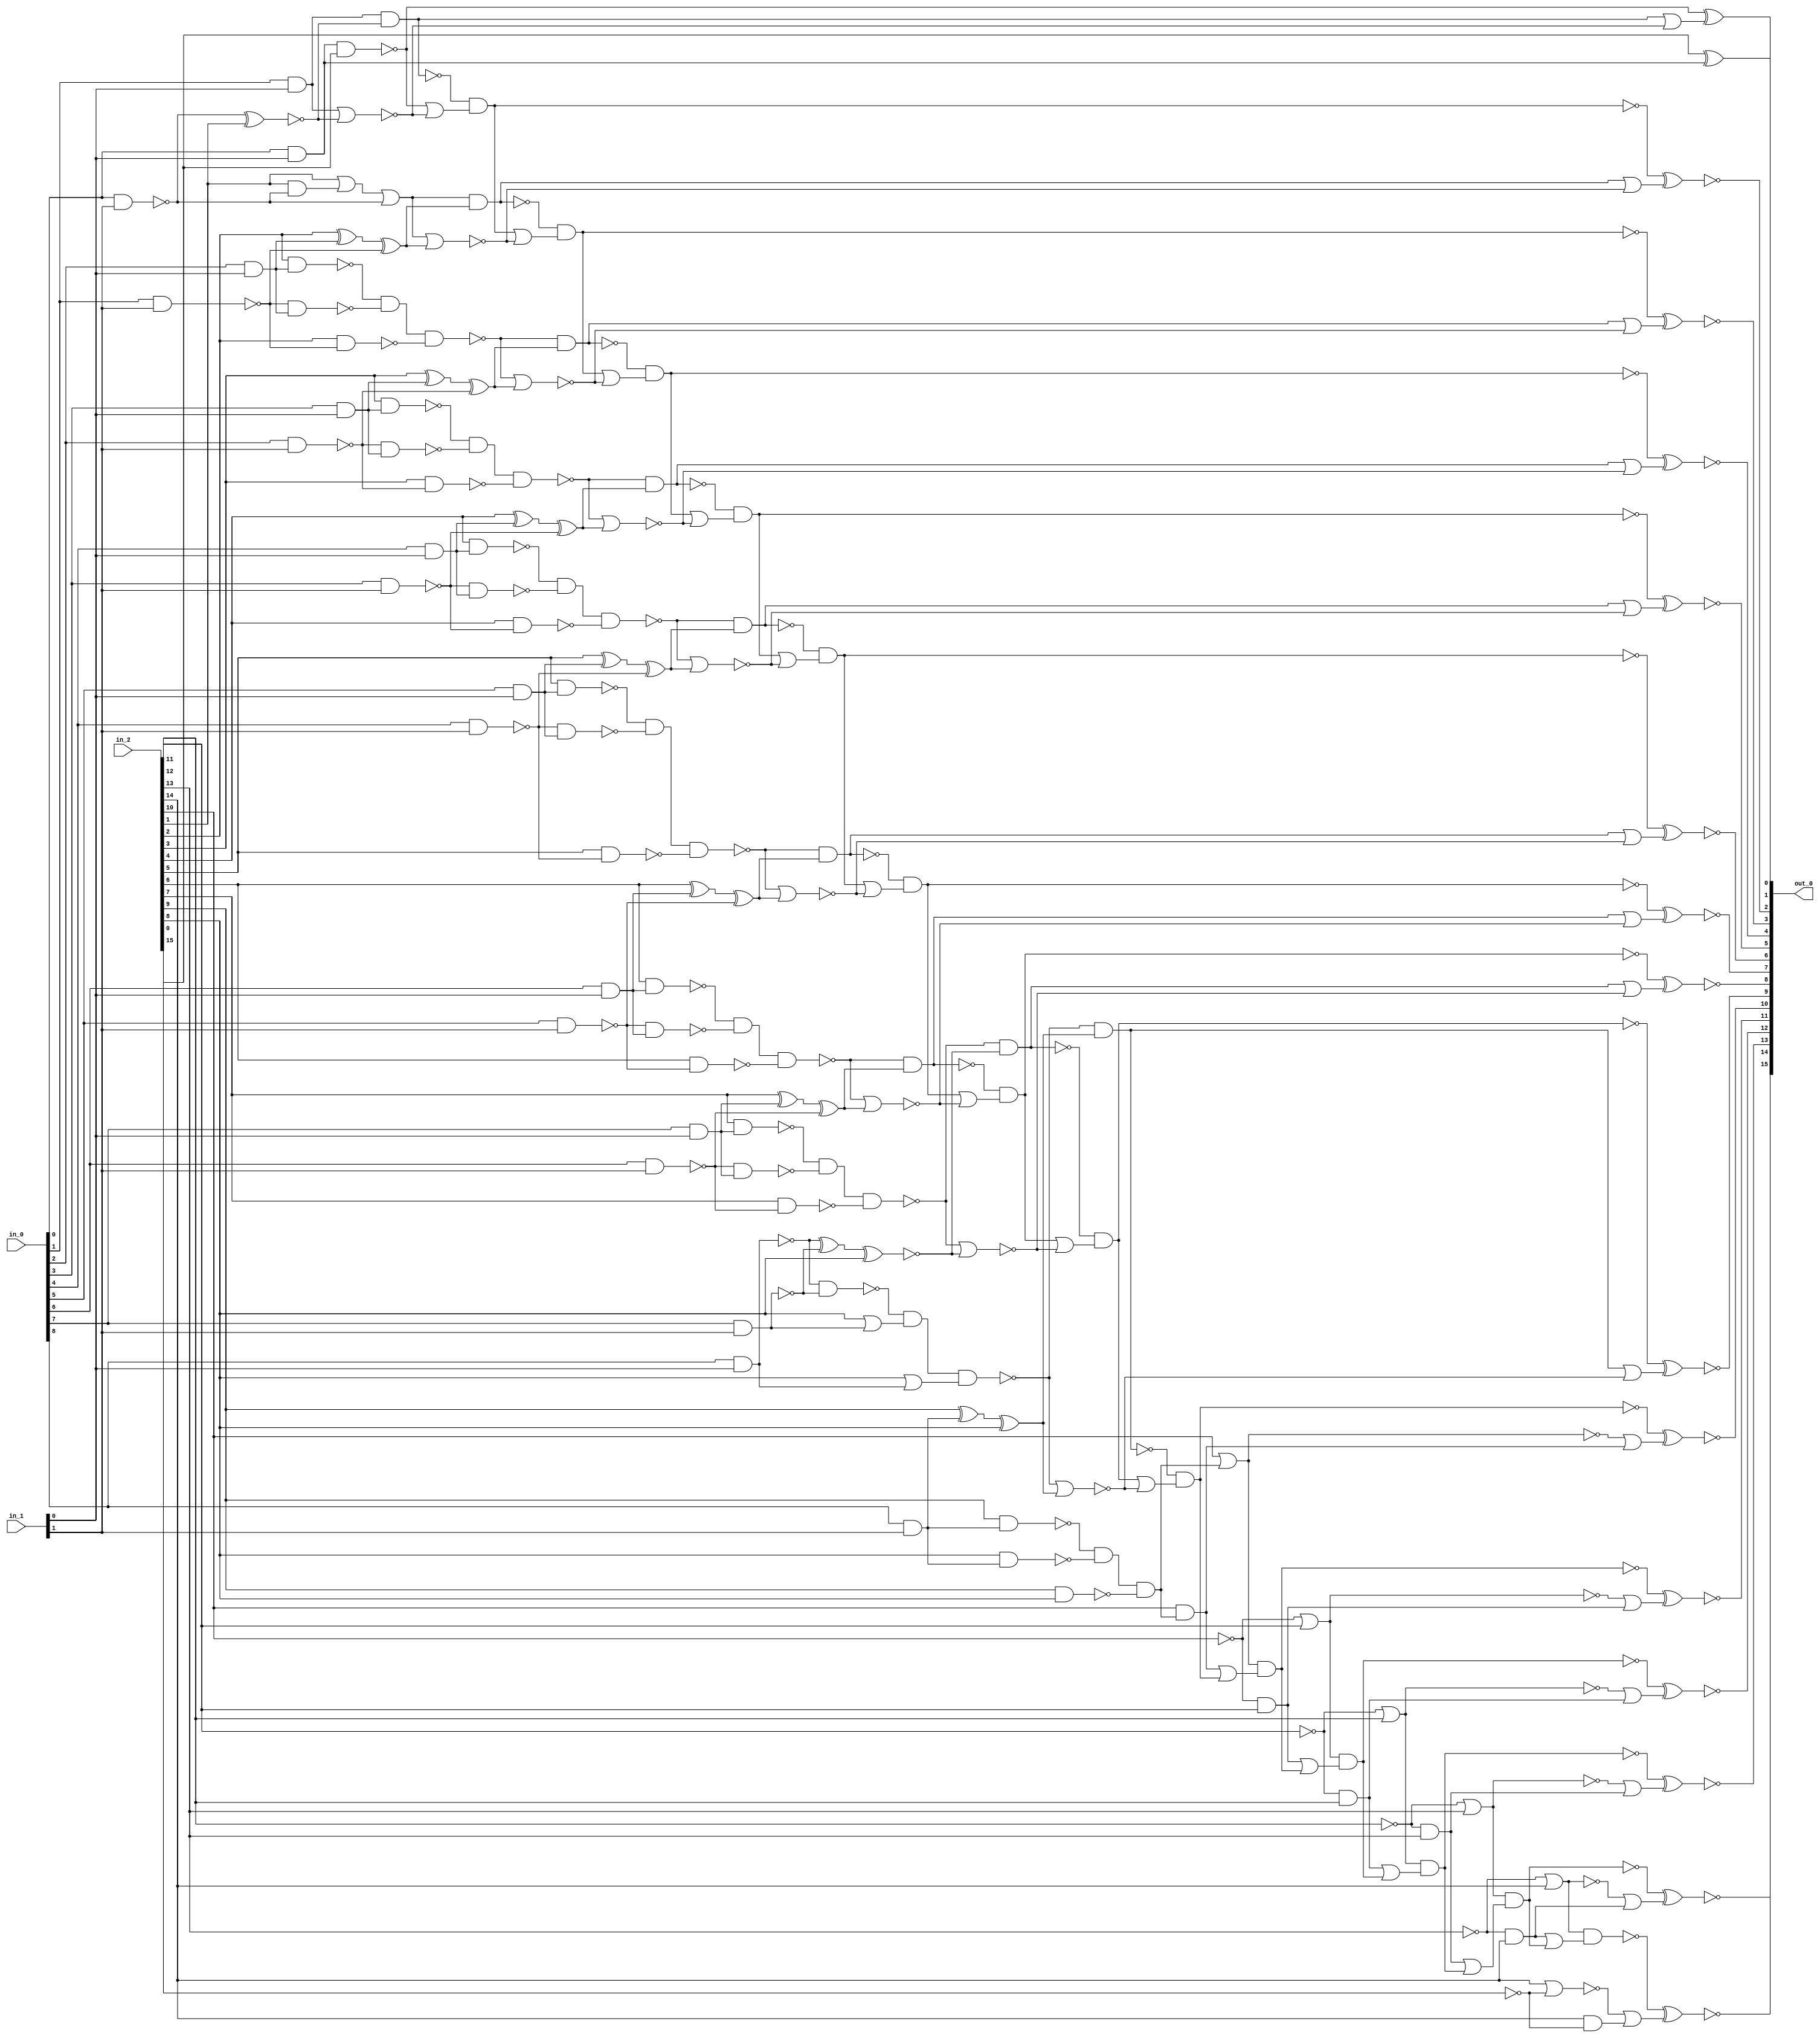
module csa_tree_add_100_25_group_194_GENERIC_REAL(in_0, in_1, in_2,
     out_0);
// synthesis_equation "assign out_0 = ( $signed(in_2) + ( $signed(in_0) * $signed(in_1) )  )  ;"
  input [8:0] in_0;
  input [1:0] in_1;
  input [15:0] in_2;
  output [15:0] out_0;
  wire [8:0] in_0;
  wire [1:0] in_1;
  wire [15:0] in_2;
  wire [15:0] out_0;
  wire n_50, n_51, n_52, n_53, n_54, n_55, n_56, n_57;
  wire n_58, n_59, n_65, n_66, n_67, n_68, n_69, n_70;
  wire n_71, n_72, n_73, n_74, n_76, n_78, n_79, n_80;
  wire n_81, n_82, n_83, n_84, n_85, n_86, n_87, n_88;
  wire n_89, n_90, n_92, n_93, n_95, n_105, n_106, n_107;
  wire n_108, n_109, n_110, n_111, n_112, n_113, n_114, n_115;
  wire n_116, n_117, n_118, n_119, n_120, n_121, n_122, n_123;
  wire n_124, n_125, n_126, n_127, n_128, n_129, n_130, n_131;
  wire n_132, n_133, n_134, n_135, n_136, n_137, n_141, n_143;
  wire n_146, n_147, n_148, n_149, n_151, n_152, n_153, n_154;
  wire n_156, n_157, n_158, n_159, n_161, n_162, n_163, n_165;
  wire n_166, n_167, n_168, n_170, n_171, n_172, n_173, n_175;
  wire n_176, n_177, n_178, n_180, n_181, n_182, n_183, n_185;
  wire n_186, n_187, n_188, n_190, n_191, n_192, n_193, n_195;
  wire n_196, n_197, n_198, n_200, n_201, n_202, n_203, n_205;
  wire n_206, n_207, n_208, n_210, n_211, n_212, n_213, n_215;
  wire n_216, n_217, n_218, n_219, n_220, n_221, n_222, n_223;
  wire n_224, n_225, n_226, n_227, n_228, n_229, n_230;
  and g2 (n_59, in_0[0], in_1[0]);
  and g3 (n_58, in_0[1], in_1[0]);
  and g4 (n_79, in_0[2], in_1[0]);
  and g5 (n_81, in_0[3], in_1[0]);
  and g6 (n_83, in_0[4], in_1[0]);
  and g7 (n_85, in_0[5], in_1[0]);
  and g8 (n_87, in_0[6], in_1[0]);
  and g9 (n_89, in_0[7], in_1[0]);
  nand g10 (n_92, in_0[8], in_1[0]);
  nand g11 (n_78, in_0[0], in_1[1]);
  nand g12 (n_80, in_0[1], in_1[1]);
  nand g13 (n_82, in_0[2], in_1[1]);
  nand g14 (n_84, in_0[3], in_1[1]);
  nand g15 (n_86, in_0[4], in_1[1]);
  nand g16 (n_88, in_0[5], in_1[1]);
  nand g17 (n_90, in_0[6], in_1[1]);
  nand g18 (n_93, in_0[7], in_1[1]);
  and g19 (n_95, in_0[8], in_1[1]);
  nand g39 (n_105, in_2[1], n_78);
  xor g41 (n_106, in_2[2], n_79);
  xor g42 (n_73, n_106, n_80);
  nand g43 (n_107, in_2[2], n_79);
  nand g44 (n_108, n_80, n_79);
  nand g45 (n_109, in_2[2], n_80);
  nand g46 (n_56, n_107, n_108, n_109);
  xor g47 (n_110, in_2[3], n_81);
  xor g48 (n_72, n_110, n_82);
  nand g49 (n_111, in_2[3], n_81);
  nand g50 (n_112, n_82, n_81);
  nand g51 (n_113, in_2[3], n_82);
  nand g52 (n_55, n_111, n_112, n_113);
  xor g53 (n_114, in_2[4], n_83);
  xor g54 (n_71, n_114, n_84);
  nand g55 (n_115, in_2[4], n_83);
  nand g56 (n_116, n_84, n_83);
  nand g57 (n_117, in_2[4], n_84);
  nand g58 (n_54, n_115, n_116, n_117);
  xor g59 (n_118, in_2[5], n_85);
  xor g60 (n_70, n_118, n_86);
  nand g61 (n_119, in_2[5], n_85);
  nand g62 (n_120, n_86, n_85);
  nand g63 (n_121, in_2[5], n_86);
  nand g64 (n_53, n_119, n_120, n_121);
  xor g65 (n_122, in_2[6], n_87);
  xor g66 (n_69, n_122, n_88);
  nand g67 (n_123, in_2[6], n_87);
  nand g68 (n_124, n_88, n_87);
  nand g69 (n_125, in_2[6], n_88);
  nand g70 (n_52, n_123, n_124, n_125);
  xor g71 (n_126, in_2[7], n_89);
  xor g72 (n_68, n_126, n_90);
  nand g73 (n_127, in_2[7], n_89);
  nand g74 (n_128, n_90, n_89);
  nand g75 (n_129, in_2[7], n_90);
  nand g76 (n_51, n_127, n_128, n_129);
  xor g79 (n_130, n_92, n_93);
  nand g81 (n_131, n_92, n_93);
  nand g84 (n_50, n_131, n_132, n_133);
  xor g85 (n_134, in_2[9], n_95);
  xor g86 (n_66, n_134, in_2[8]);
  nand g87 (n_135, in_2[9], n_95);
  nand g88 (n_136, in_2[8], n_95);
  nand g89 (n_137, in_2[9], in_2[8]);
  nand g90 (n_65, n_135, n_136, n_137);
  nand g105 (n_141, n_59, in_2[0]);
  nor g108 (n_143, n_58, n_74);
  nand g109 (n_146, n_58, n_74);
  nor g110 (n_148, n_57, n_73);
  nand g111 (n_151, n_57, n_73);
  nor g112 (n_153, n_56, n_72);
  nand g113 (n_156, n_56, n_72);
  nor g114 (n_158, n_55, n_71);
  nand g115 (n_161, n_55, n_71);
  nor g116 (n_162, n_54, n_70);
  nand g117 (n_165, n_54, n_70);
  nor g118 (n_167, n_53, n_69);
  nand g20 (n_170, n_53, n_69);
  nor g21 (n_172, n_52, n_68);
  nand g22 (n_175, n_52, n_68);
  nor g23 (n_177, n_51, n_67);
  nand g24 (n_180, n_51, n_67);
  nor g25 (n_182, n_50, n_66);
  nand g26 (n_185, n_50, n_66);
  nand g125 (n_149, n_146, n_147);
  nand g128 (n_154, n_151, n_152);
  nand g131 (n_159, n_156, n_157);
  nand g134 (n_163, n_161, n_76);
  nand g137 (n_168, n_165, n_166);
  nand g140 (n_173, n_170, n_171);
  nand g143 (n_178, n_175, n_176);
  nand g146 (n_183, n_180, n_181);
  nand g149 (n_188, n_185, n_186);
  nand g152 (n_193, n_190, n_191);
  nand g155 (n_198, n_195, n_196);
  nand g158 (n_203, n_200, n_201);
  nand g161 (n_208, n_205, n_206);
  nand g164 (n_213, n_210, n_211);
  xnor g169 (out_0[2], n_149, n_217);
  xnor g171 (out_0[3], n_154, n_218);
  xnor g173 (out_0[4], n_159, n_219);
  xnor g175 (out_0[5], n_163, n_220);
  xnor g177 (out_0[6], n_168, n_221);
  xnor g179 (out_0[7], n_173, n_222);
  xnor g181 (out_0[8], n_178, n_223);
  xnor g183 (out_0[9], n_183, n_224);
  xnor g185 (out_0[10], n_188, n_225);
  xnor g187 (out_0[11], n_193, n_226);
  xnor g189 (out_0[12], n_198, n_227);
  xnor g191 (out_0[13], n_203, n_228);
  xnor g193 (out_0[14], n_208, n_229);
  xnor g195 (out_0[15], n_213, n_230);
  xor g196 (out_0[0], in_2[0], n_59);
  xnor g204 (n_74, n_78, in_2[1]);
  or g206 (n_132, in_2[8], wc);
  not gc (wc, n_93);
  or g207 (n_133, in_2[8], wc0);
  not gc0 (wc0, n_92);
  and g208 (n_192, wc1, in_2[11]);
  not gc1 (wc1, in_2[10]);
  or g209 (n_195, wc2, in_2[11]);
  not gc2 (wc2, in_2[10]);
  and g210 (n_197, wc3, in_2[12]);
  not gc3 (wc3, in_2[11]);
  or g211 (n_200, wc4, in_2[12]);
  not gc4 (wc4, in_2[11]);
  and g212 (n_202, wc5, in_2[13]);
  not gc5 (wc5, in_2[12]);
  or g213 (n_205, wc6, in_2[13]);
  not gc6 (wc6, in_2[12]);
  and g214 (n_207, wc7, in_2[14]);
  not gc7 (wc7, in_2[13]);
  or g215 (n_210, wc8, in_2[14]);
  not gc8 (wc8, in_2[13]);
  or g216 (n_57, in_2[1], wc9, n_78);
  not gc9 (wc9, n_105);
  xnor g217 (n_67, n_130, in_2[8]);
  and g219 (n_212, in_2[14], wc10);
  not gc10 (wc10, in_2[15]);
  or g220 (n_215, in_2[14], wc11);
  not gc11 (wc11, in_2[15]);
  and g221 (n_187, in_2[10], wc12);
  not gc12 (wc12, n_65);
  or g222 (n_190, in_2[10], wc13);
  not gc13 (wc13, n_65);
  or g223 (n_226, wc14, n_192);
  not gc14 (wc14, n_195);
  or g224 (n_227, wc15, n_197);
  not gc15 (wc15, n_200);
  or g225 (n_228, wc16, n_202);
  not gc16 (wc16, n_205);
  or g226 (n_229, wc17, n_207);
  not gc17 (wc17, n_210);
  or g227 (n_147, n_141, n_143);
  or g228 (n_216, wc18, n_143);
  not gc18 (wc18, n_146);
  or g229 (n_230, wc19, n_212);
  not gc19 (wc19, n_215);
  xor g230 (out_0[1], n_141, n_216);
  or g231 (n_217, wc20, n_148);
  not gc20 (wc20, n_151);
  or g232 (n_218, wc21, n_153);
  not gc21 (wc21, n_156);
  or g233 (n_219, wc22, n_158);
  not gc22 (wc22, n_161);
  or g234 (n_220, wc23, n_162);
  not gc23 (wc23, n_165);
  or g235 (n_221, wc24, n_167);
  not gc24 (wc24, n_170);
  or g236 (n_222, wc25, n_172);
  not gc25 (wc25, n_175);
  or g237 (n_223, wc26, n_177);
  not gc26 (wc26, n_180);
  or g238 (n_224, wc27, n_182);
  not gc27 (wc27, n_185);
  or g239 (n_225, wc28, n_187);
  not gc28 (wc28, n_190);
  or g240 (n_152, wc29, n_148);
  not gc29 (wc29, n_149);
  or g241 (n_157, wc30, n_153);
  not gc30 (wc30, n_154);
  or g242 (n_76, wc31, n_158);
  not gc31 (wc31, n_159);
  or g243 (n_166, wc32, n_162);
  not gc32 (wc32, n_163);
  or g244 (n_171, wc33, n_167);
  not gc33 (wc33, n_168);
  or g245 (n_176, wc34, n_172);
  not gc34 (wc34, n_173);
  or g246 (n_181, wc35, n_177);
  not gc35 (wc35, n_178);
  or g247 (n_186, wc36, n_182);
  not gc36 (wc36, n_183);
  or g248 (n_191, n_187, wc37);
  not gc37 (wc37, n_188);
  or g249 (n_196, n_192, wc38);
  not gc38 (wc38, n_193);
  or g250 (n_201, n_197, wc39);
  not gc39 (wc39, n_198);
  or g251 (n_206, n_202, wc40);
  not gc40 (wc40, n_203);
  or g252 (n_211, n_207, wc41);
  not gc41 (wc41, n_208);
endmodule

module csa_tree_add_100_25_group_194_GENERIC(in_0, in_1, in_2, out_0);
  input [8:0] in_0;
  input [1:0] in_1;
  input [15:0] in_2;
  output [15:0] out_0;
  wire [8:0] in_0;
  wire [1:0] in_1;
  wire [15:0] in_2;
  wire [15:0] out_0;
  csa_tree_add_100_25_group_194_GENERIC_REAL g1(.in_0 (in_0), .in_1
       (in_1), .in_2 (in_2), .out_0 (out_0));
endmodule